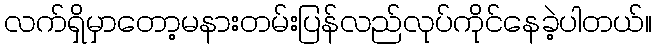
လက်ရှိမှာတော့မနားတမ်းပြန်လည်လုပ်ကိုင်နေခဲ့ပါတယ်။